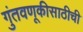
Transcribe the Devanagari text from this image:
गुंतवणूकीसाठीची